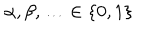
\alpha , \beta , \ldots \in \left\{ 0 , 1 \right\}